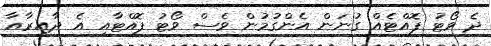
ދެ ވޯޓު ފޮއްޓެއް ގުނަން އެންގުމުން ވެސް ވޯޓު ފޮއްޓާއި އެ ދާއިރާއާ